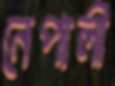
নেপালী